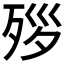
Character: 𪵃